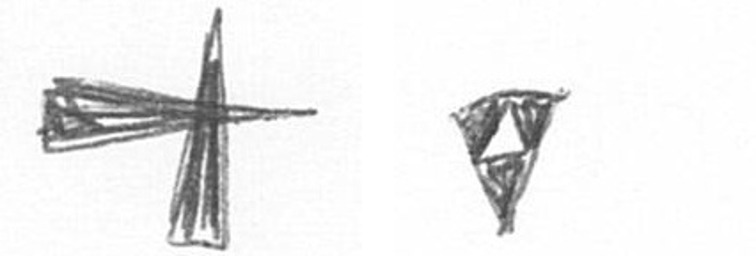
G S